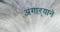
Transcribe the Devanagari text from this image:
अंगाऱ्याने